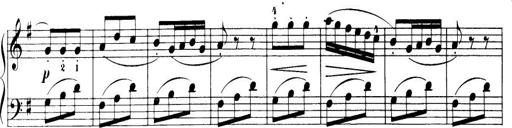
Title: 32 Sonatinas and Rondos for the Piano
Composer: Richard Kleinmichel